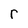
Character: r